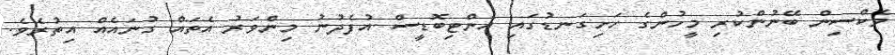
ވެކްސިން ބޭނުންކުރި މީހުންގެ ހަށިގަނޑުގައި އެންޓިބޮޑީސް އުފެދުނު މިންވަރު އެތައް ގުނައެއް އިތުރެވެ.